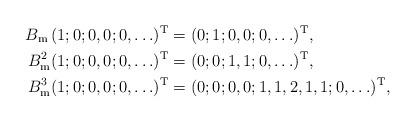
LaTeX: \begin{align*} B_{\mathrm{m}}\,(1;0;0,0;0,\ldots)^{\mathrm{T}}&=(0;1;0,0;0,\ldots)^{\mathrm{T}},\\ B_{\mathrm{m}}^2(1;0;0,0;0,\ldots)^{\mathrm{T}}&=(0;0;1,1;0,\ldots)^{\mathrm{T}},\\ B_{\mathrm{m}}^3(1;0;0,0;0,\ldots)^{\mathrm{T}}&=(0;0;0,0;1,1,2,1,1;0,\ldots)^{\mathrm{T}},\end{align*}